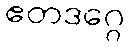
ဧတဒဂ္ဂေ